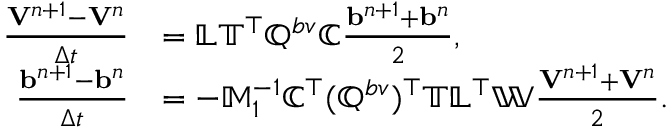
\begin{array} { r l } { \frac { { \mathbf V } ^ { n + 1 } - { \mathbf V } ^ { n } } { \Delta t } } & { = \mathbb { L } \mathbb { T } ^ { \top } \mathbb { Q } ^ { b v } \mathbb { C } \frac { { \mathbf b } ^ { n + 1 } + { \mathbf b } ^ { n } } { 2 } , } \\ { \frac { { \mathbf b } ^ { n + 1 } - { \mathbf b } ^ { n } } { \Delta t } } & { = - \mathbb { M } _ { 1 } ^ { - 1 } \mathbb { C } ^ { \top } ( \mathbb { Q } ^ { b v } ) ^ { \top } \mathbb { T } \mathbb { L } ^ { \top } \mathbb { W } \frac { { \mathbf V } ^ { n + 1 } + { \mathbf V } ^ { n } } { 2 } . } \end{array}